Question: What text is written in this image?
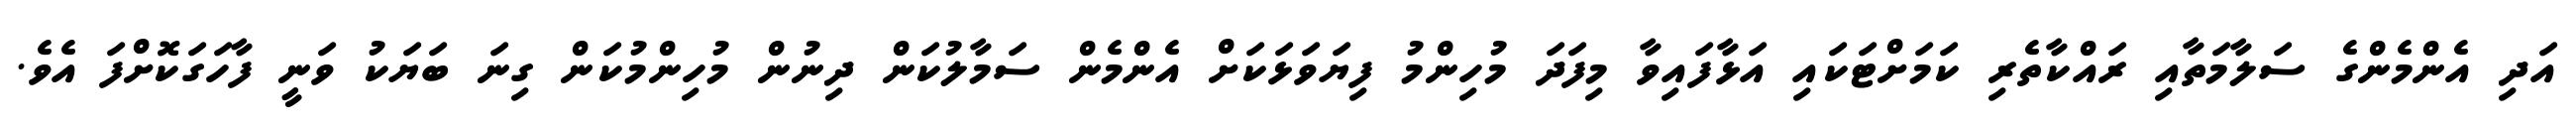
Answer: އަދި އެންމެންގެ ސަލާމަތާއި ރައްކާތެރި ކަމަށްޓަކައި އަޅާފައިވާ މިފަދަ މުހިންމު ފިޔަވަޅަކަށް އެންމެން ސަމާލުކަން ދިނުން މުހިންމުކަން ގިނަ ބަޔަކު ވަނީ ފާހަގަކޮށްފަ އެވެ.